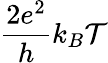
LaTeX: \frac{2e^{2}}{h}k_{B}\mathcal{T}